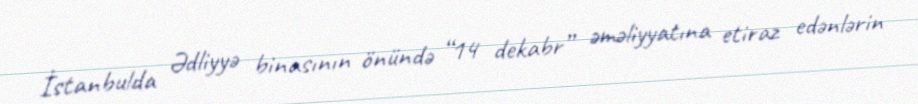
İstanbulda Ədliyyə binasının önündə “14 dekabr” əməliyyatına etiraz edənlərin